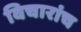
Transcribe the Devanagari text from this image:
विचारांच